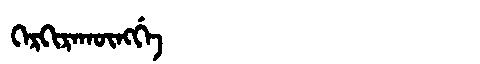
Manchu: ᡴᡝᡵᡴᡳᡵᠠᡴᡡᠩᡤᡝ
Romanization: KERKIRAKŪNGGE